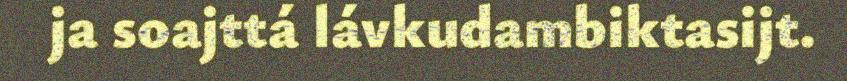
ja soajttá lávkudambiktasijt.